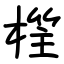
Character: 樦